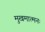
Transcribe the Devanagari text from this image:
मुखमात्मनः